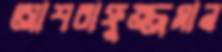
আশরাফুজ্জমান